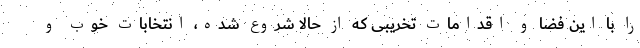
را با این فضا و اقدامات تخریبی که از حالا شروع شده، انتخابات خوب و